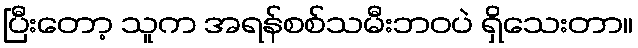
ပြီးတော့ သူက အရန်စစ်သမီးဘဝပဲ ရှိသေးတာ။